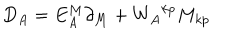
D _ { A } = E _ { A } ^ { M } \partial _ { M } + { W _ { A } } ^ { k p } M _ { k p }